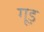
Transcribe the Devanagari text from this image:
गूड़